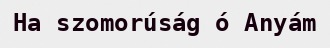
Ha szomorúság ó Anyám